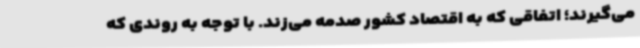
می‌گیرند؛ اتفاقی که به اقتصاد کشور صدمه می‌زند. با توجه به روندی که